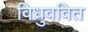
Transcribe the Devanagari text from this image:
विध्रुववित